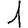
Digit: 1